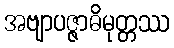
အဗျာပဇ္ဇာဓိမုတ္တဿ